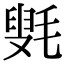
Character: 㲣